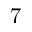
7